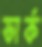
ভার্ক